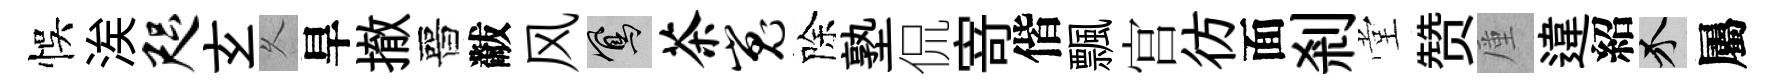
悞涘咫𤣥乆旱撤晉黻风鳳茶嵬除塾侃𭔃偕飄宫彷面剎堂赞厪違紹介屬